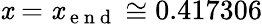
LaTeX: \mathit{x}=\mathit{x}_{\mathrm{{~e~n~d~}}}\cong0.417306